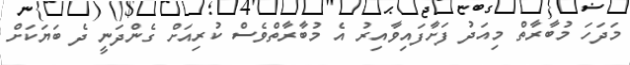
މަދަހަ މުބާރާތް މިއަދު ފަށާފައިވާއިރު އެ މުބާރާތްވެސް ކުރިއަށް ގެންދަނީ ދެ ބަޔަކަށް